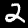
Digit: 2